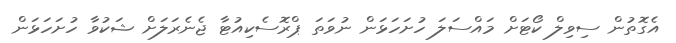
އެގޮތުން ސިވިލް ކޯޓަށް މައްސަލަ ހުށަހަޅަން ނުވަތަ ޕްރޮސެކިއުޓާ ޖެނެރަލަށް ޝަކުވާ ހުށަހަޅަން